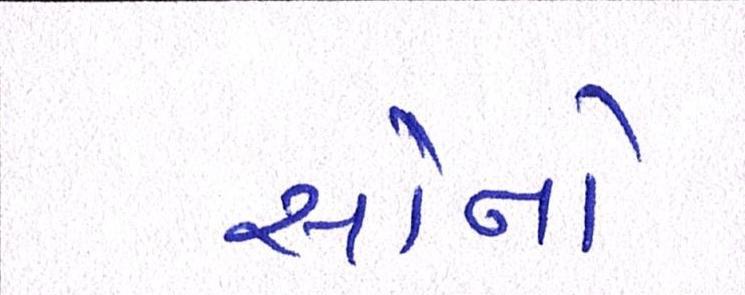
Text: સૌનો